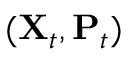
( \mathbf { X } _ { t } , \mathbf { P } _ { t } )